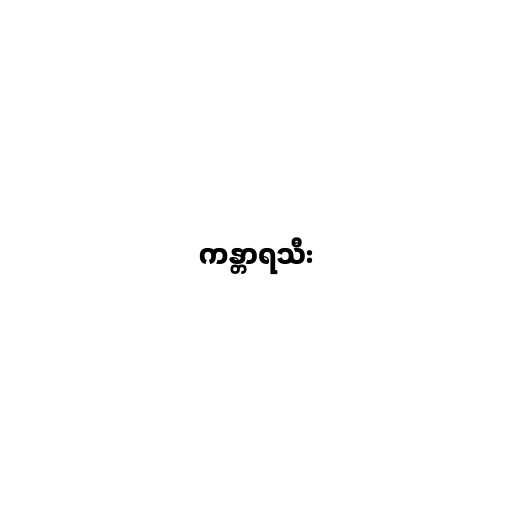
ကန္တာရသီး